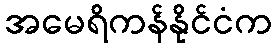
အမေရိကန်နိုင်ငံက